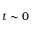
t \sim 0